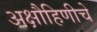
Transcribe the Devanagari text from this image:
अक्षौहिणीचे